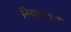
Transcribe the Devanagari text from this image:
निवडाव्या